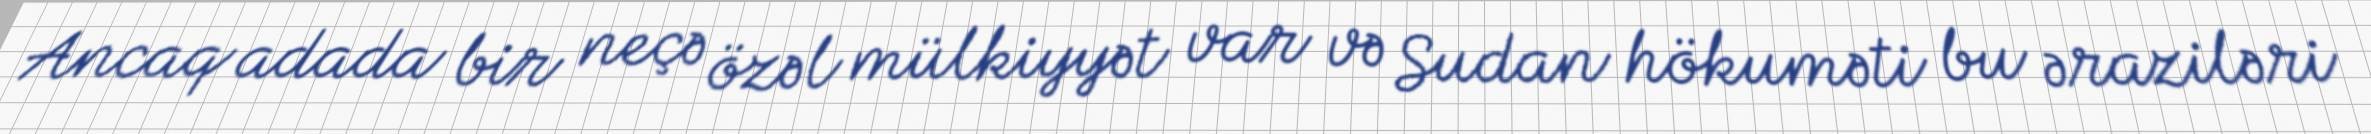
Ancaq adada bir neçə özəl mülkiyyət var və Sudan hökuməti bu əraziləri